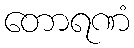
တောရဏံ